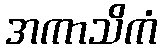
အကာသိကံ